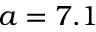
a = 7 . 1